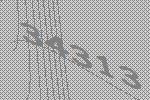
34313